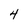
Character: 4